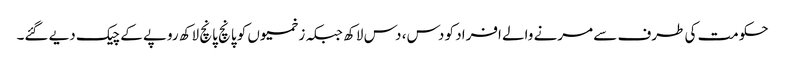
حکومت کی طرف سے مرنے والے افراد کو دس، دس لاکھ جبکہ زخمیوں کو پانچ پانچ لاکھ روپے کے چیک دیے گئے۔